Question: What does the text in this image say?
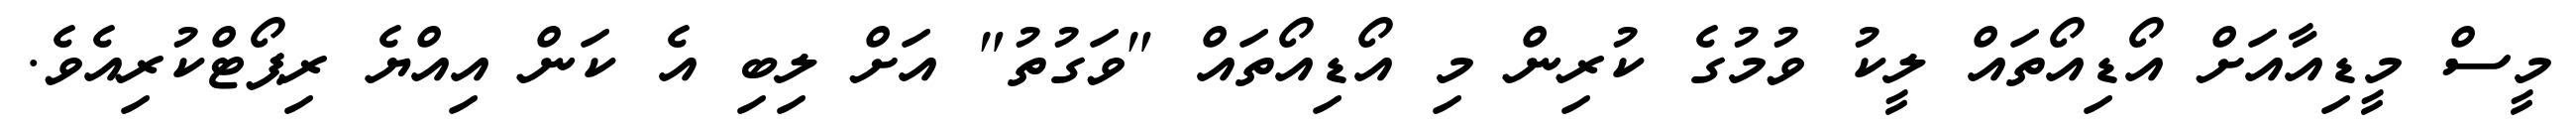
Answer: މީސް މީޑިއާއަށް އޯޑިއޯތައް ލީކު ވުމުގެ ކުރިން މި އޯޑިއޯތައް "ވަގުތު" އަށް ލިބި އެ ކަން އިއްޔެ ރިޕޯޓްކުރިއެވެ.